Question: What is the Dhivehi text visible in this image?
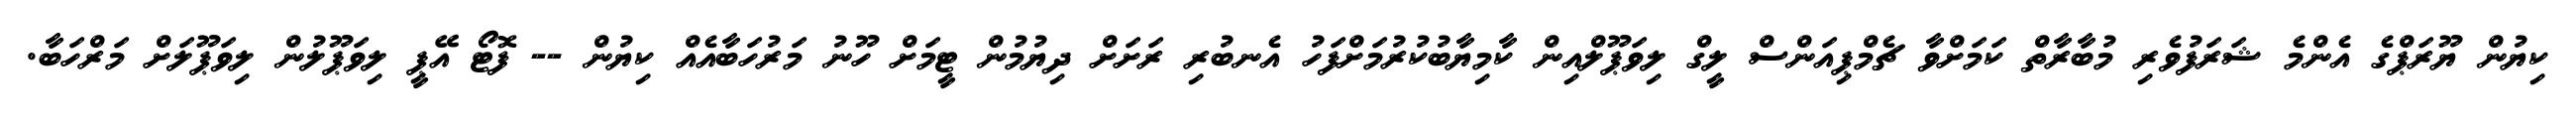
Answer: ކިޔުން ޔޫރަޕްގެ އެންމެ ޝަރަފުވެރި މުބާރާތް ކަމަށްވާ ޗެމްޕިއަންސް ލީގް ލިވަޕޫލްއިން ކާމިޔާބުކުރުމަށްފަހު އެނބުރި ރަށަށް ދިޔުމުން ޓީމަށް ހޫނު މަރުހަބާއެއް ކިޔުން -- ފޮޓޯ އޭޕީ ލިވަޕޫލުން ލިވަޕޫލަށް މަރްހަބާ.